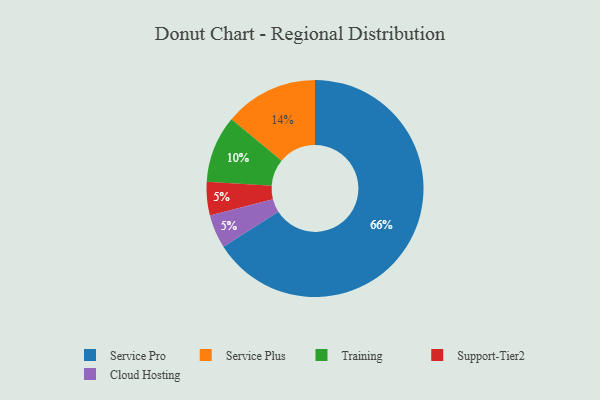
{"axis": {"x": "Category", "y": "Percentage"}, "legend": ["Cloud Hosting", "Service Plus", "Service Pro", "Support-Tier2", "Training"], "data": [{"x": "Service Plus", "y": 14, "type": "Service Plus"}, {"x": "Support-Tier2", "y": 5, "type": "Support-Tier2"}, {"x": "Service Pro", "y": 66, "type": "Service Pro"}, {"x": "Cloud Hosting", "y": 5, "type": "Cloud Hosting"}, {"x": "Training", "y": 10, "type": "Training"}]}